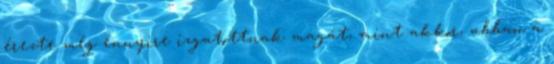
érezte még ennyire izgatottnak magát, mint akkor, abban a